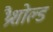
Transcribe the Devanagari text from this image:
थ्रैशोल्ड